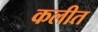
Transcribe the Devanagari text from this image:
कलीत